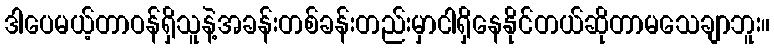
ဒါပေမယ့်တာဝန်ရှိသူနဲ့အခန်းတစ်ခန်းတည်းမှာငါရှိနေနိုင်တယ်ဆိုတာမသေချာဘူး။